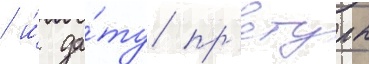
/ и́ да́ту пр'етуры